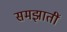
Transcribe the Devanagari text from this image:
समझातीं